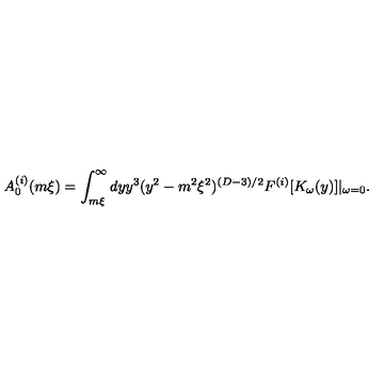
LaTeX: A _ { 0 } ^ { ( i ) } ( m \xi ) = \int _ { m \xi } ^ { \infty } d y y ^ { 3 } ( y ^ { 2 } - m ^ { 2 } \xi ^ { 2 } ) ^ { ( D - 3 ) / 2 } F ^ { ( i ) } [ K _ { \omega } ( y ) ] | _ { \omega = 0 } .